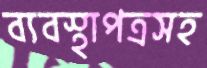
ব্যবস্থাপত্রসহ